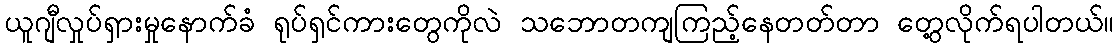
ယူဂျီလှုပ်ရှားမှုနောက်ခံ ရုပ်ရှင်ကားတွေကိုလဲ သဘောတကျကြည့်နေတတ်တာ တွေ့လိုက်ရပါတယ်။